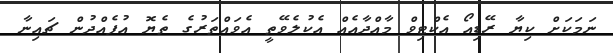
ނަމަކަށް ކިޔާ ރޭޑިއޯ އެކްޓިވް މާއްދާއެއް އެކުލެވޭތީ އެވައްތަރުގެ ތެޔޮ އުފެއްދުން ޗައިނާ